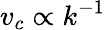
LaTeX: v_{c}\propto k^{-1}